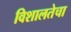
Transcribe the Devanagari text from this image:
विशालतेचा